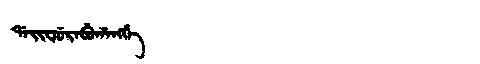
Manchu: ᡩᠠᡳᠸᡠᡵᠠᠪᡠᡥᠠᠩᡤᡝ
Romanization: DAIFURABUHANGGE